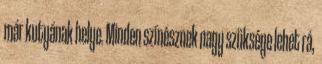
már kutyának helye. Minden színésznek nagy szüksége lehet rá,